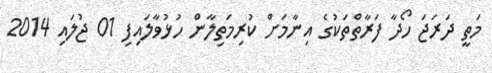
މަތީ ދަރަޖަ ހޯދާ ފަރާތްތަކުގެ އިނާމަށް ކުރިމަތިލާން ހުޅުވާލައިފި 01 ޖުލައި 2014